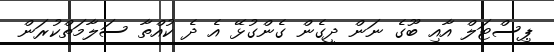
ޕިސްޓަލް އާއި ބޫގެ ނަން ދީގެން ގެންގުޅޭ އެ ދެ ކުއްތާ ސަލާމަތްކުރަން